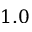
1 . 0